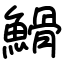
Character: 䱻